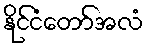
နိုင်ငံတော်အလံ